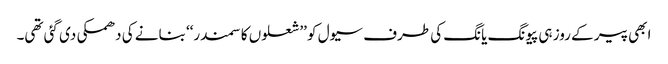
ابھی پیر کے روز ہی پیونگ یانگ کی طرف سیول کو ’’شعلوں کا سمندر‘‘ بنانے کی دھمکی دی گئی تھی۔